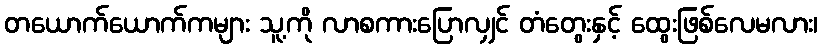
တယောက်ယောက်ကများ သူ့ကို လာစကားပြောလျှင် တံတွေးနှင့် ထွေးဖြစ်လေမလား၊